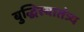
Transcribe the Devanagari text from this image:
बुद्धिस्वातंत्र्य